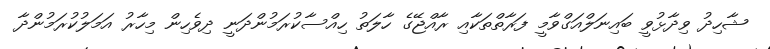
ޝާހިދު ވިދާޅުވީ ބަައިނަލްއަގްވާމީ ފަރާތްތަކާއި ރާއްޖޭގެ ހާލަތު ހިއްސާކުރަމުންދަނީ ދިވެހިން މިހާރު އަމަލުކުރަމުންދާ